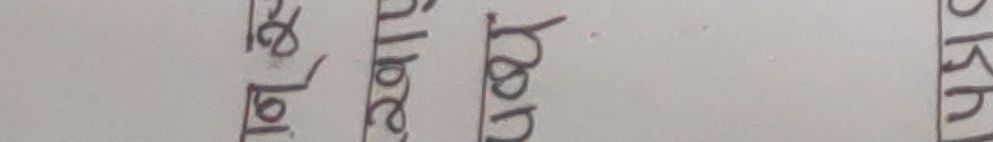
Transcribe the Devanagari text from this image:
लट बारे